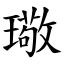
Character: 璥